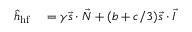
\begin{array} { r l } { \hat { h } _ { \mathrm { h f } } } & { { } = \gamma \vec { s } \cdot \vec { N } + ( b + c / 3 ) \vec { s } \cdot \vec { I } } \end{array}